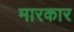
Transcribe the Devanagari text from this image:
मारकार